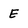
Character: E